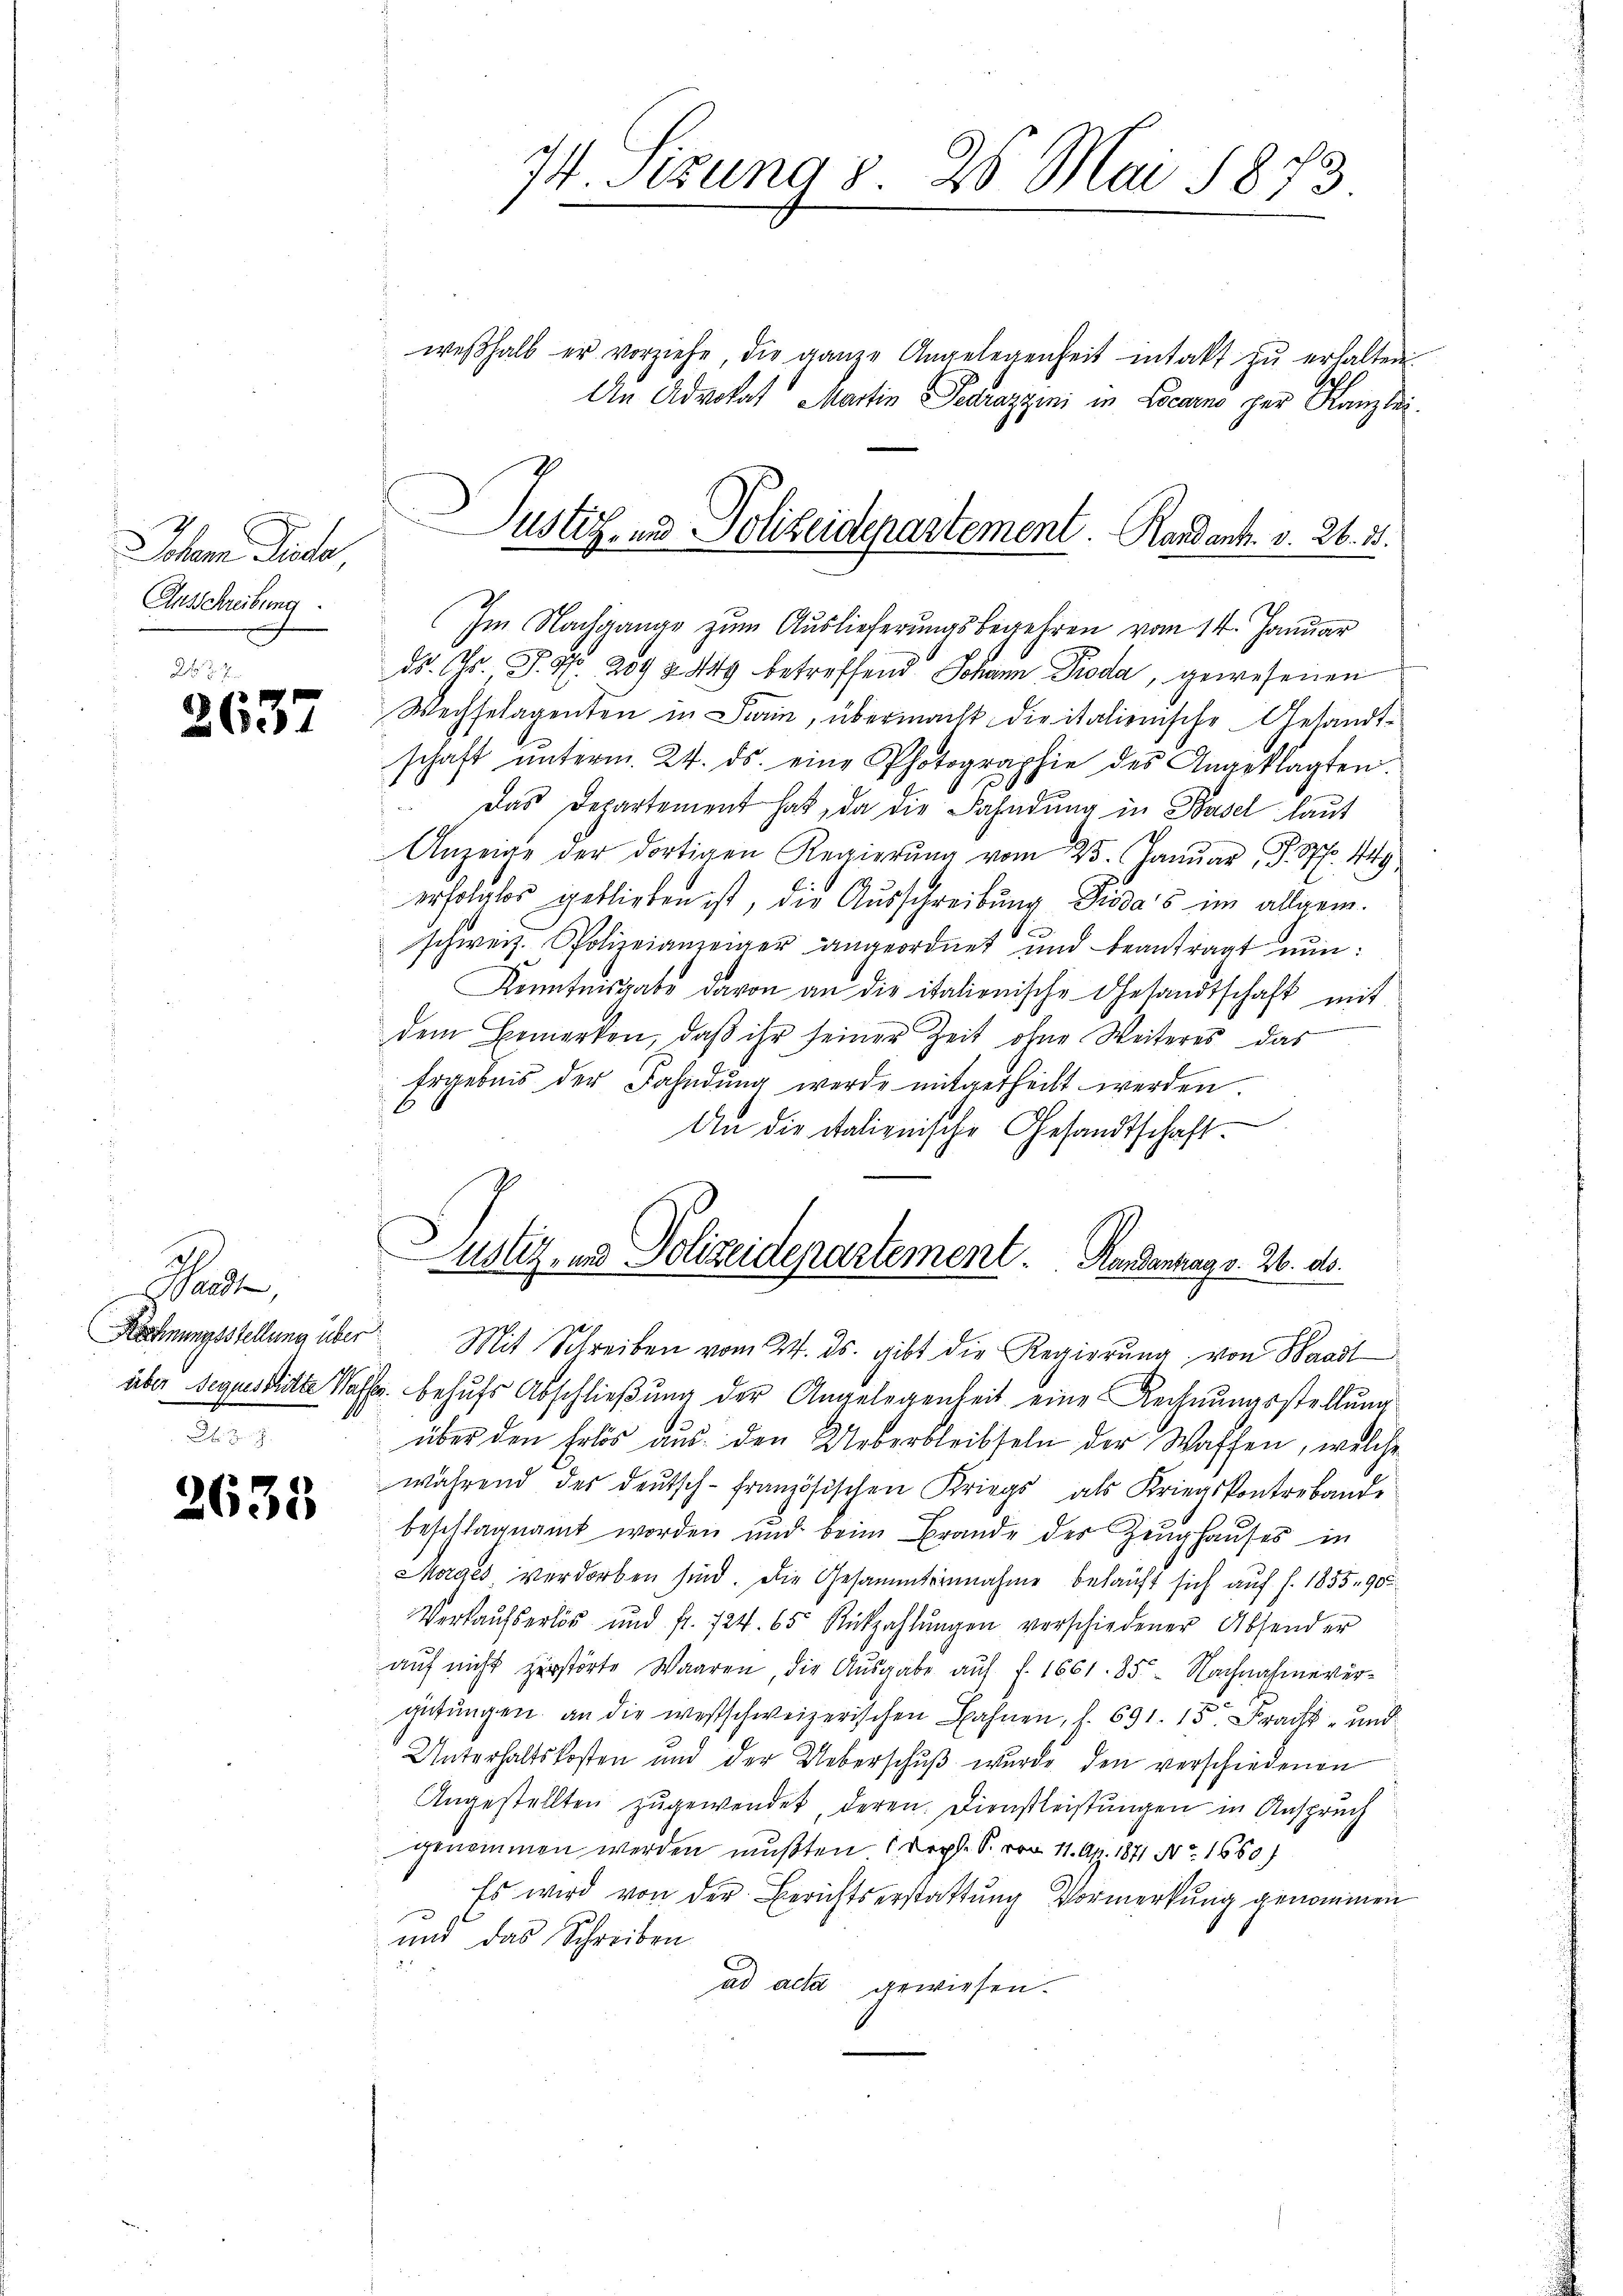
Johem Gute,
Ausschreibung

2637

Baade,
AH. H.

2635

weβhalb er vorziehe, die ganze Angelegenheit intakt zu erhalten.
Ge
An Advokat Martin Pedrazzini in Locarno per Kanzlei.
Im Nachgange zum Auslieferungsbegehren vom 14. Januar
Dr. Dr. P. Nr. 2092 849 betreffend Johann Proda, gewesenen
Wechselagenten in Frain, übermacht die italienische Gesandtschaft ŭnterm 24. ds. eine Photographie des Angeklagten.
Das Departement hat, da die Fahndung in Basel laut
Anzeige der dortigen Regierŭng vom 23. Janŭar (S. S. 449,
erfolglos geblieben ist, die Ausschreibung Pioda's im allgem.
schweiz. Polizeianzeiger angeordnet und beantragt nun:
Kenntnisgabe davon an die italienische Gestandtschaft mit
dem Bemerken, daß ihr seiner Zeit ohne Weiteres das
Ergebnis der Fahndung werde mitgetheilt werden.
An die italienische Gesandtschaft.
Justiz und Polizeidepartement. Bundenhags. 26. ds.

74. Sizung v. 26. Mai 1873

Justiz- und Polizeidepartement. Randank. v. 26. 15.

Rechnungsstellung über Mit Schreiben vom 24. ds. gibt die Regierung von Baad

über Sequestritte Wasse behufs Abschließung der Angelegenheit eine Rechnungsstellung
über den Erlös aus den Ueberbleibseln der Waffen, welche
während des deutsch-Französischen Kriegs als Kriegskontraband-
beschlagnamt worden und beim Brande der Zeughauses in
Morges verdorben sind. Die Gesammternahme behauft sich auf S. 1855 90
Verkaŭfserlös und fr. 724. 65. Rückzahlŭngen verschiedener Absender
aŭf nicht zerstörte Waaren, die Aŭsgabe aŭf f. 1661. 85. Nachnahmever-
gütungen, an die westschweizerischen Bahnen, f. 691. 15. Bracht - und
Unterhaltskosten und der Ueberschŭβ wurde den verschiedenen
Angestellten zugewendet, deren Dienstleistungen in Anspruch
genommen werden mußten (Deph. S. vom 11. Apr. 1871 No. 1660)
Es wird von der Berichtserstattung Vormerkung genommen
und das Schreiben

ad acta gewiesen.